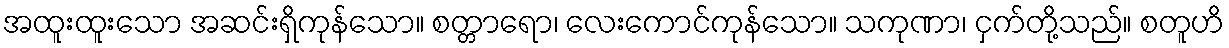
အထူးထူးသော အဆင်းရှိကုန်သော။ စတ္တာရော၊ လေးကောင်ကုန်သော။ သကုဏာ၊ ငှက်တို့သည်။ စတူဟိ